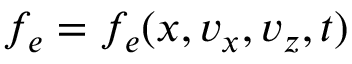
f _ { e } = f _ { e } ( x , v _ { x } , v _ { z } , t )